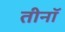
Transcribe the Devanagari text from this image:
तीनॉ